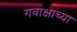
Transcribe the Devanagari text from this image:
गवाक्षाच्या